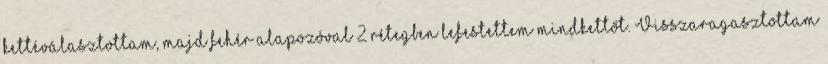
kettéválasztottam, majd fehér alapozóval 2 rétegben lefestettem mindkettőt. Visszaragasztottam